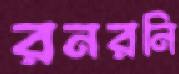
রনরনি